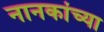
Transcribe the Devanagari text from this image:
नानकांच्या